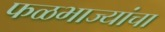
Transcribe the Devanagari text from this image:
फळभाज्यांचा